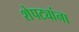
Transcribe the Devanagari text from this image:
शेपट्यांना